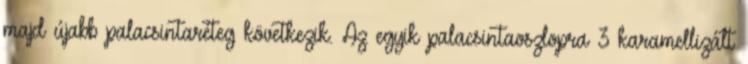
majd újabb palacsintaréteg következik. Az egyik palacsintaoszlopra 3 karamellizált